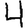
Digit: 4